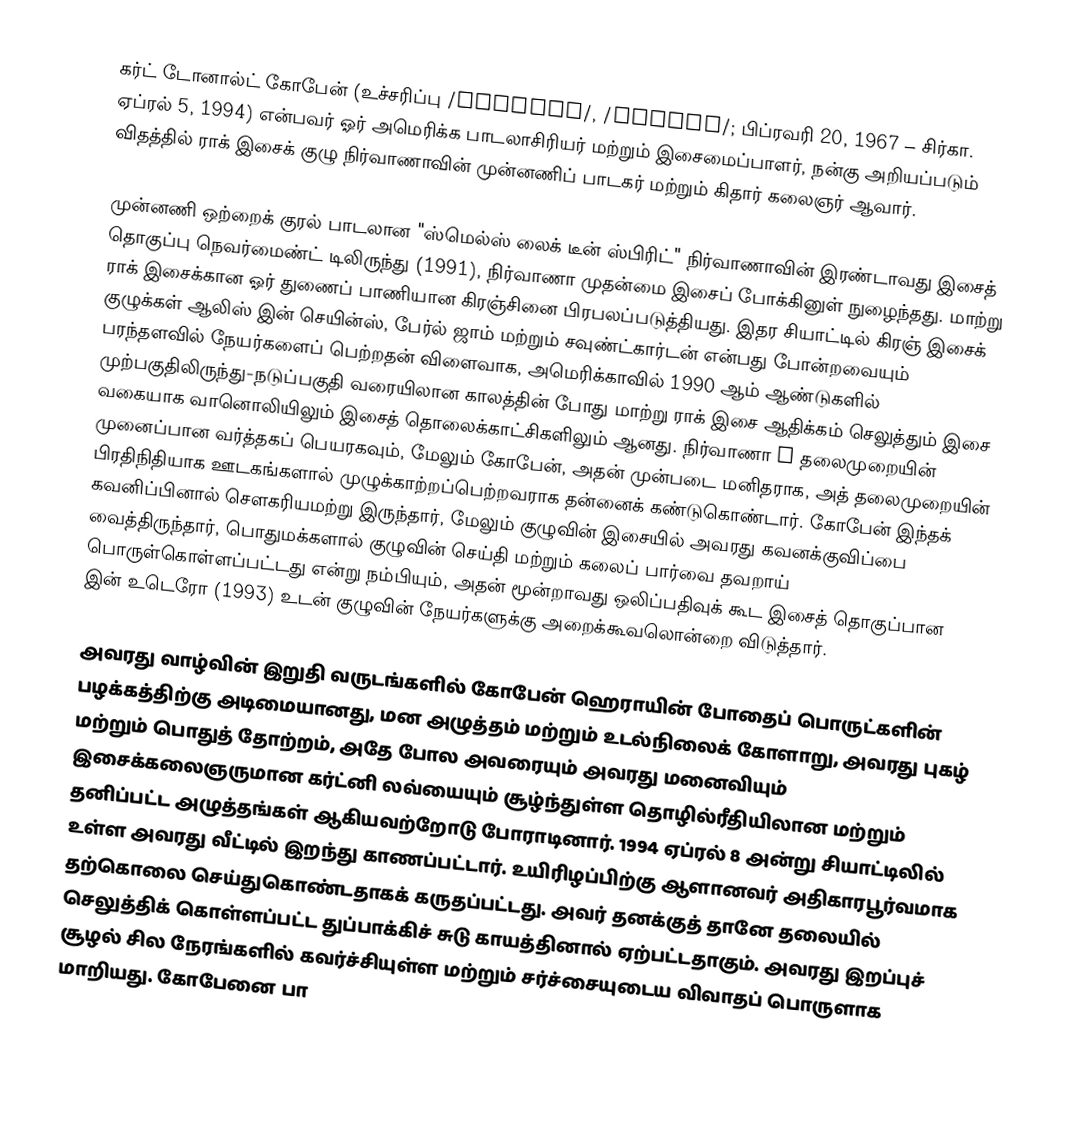
கர்ட் டோனால்ட் கோபேன் (உச்சரிப்பு /koʊbeɪn/, /kʌbeɪn/; பிப்ரவரி 20, 1967 – சிர்கா. ஏப்ரல் 5, 1994) என்பவர் ஓர் அமெரிக்க பாடலாசிரியர் மற்றும் இசைமைப்பாளர், நன்கு அறியப்படும் விதத்தில் ராக் இசைக் குழு நிர்வாணாவின் முன்னணிப் பாடகர் மற்றும் கிதார் கலைஞர் ஆவார்.

முன்னணி ஒற்றைக் குரல் பாடலான "ஸ்மெல்ஸ் லைக் டீன் ஸ்பிரிட்" நிர்வாணாவின் இரண்டாவது இசைத் தொகுப்பு நெவர்மைண்ட் டிலிருந்து (1991), நிர்வாணா முதன்மை இசைப் போக்கினுள் நுழைந்தது. மாற்று ராக் இசைக்கான ஓர் துணைப் பாணியான கிரஞ்சினை பிரபலப்படுத்தியது. இதர சியாட்டில் கிரஞ் இசைக் குழுக்கள் ஆலிஸ் இன் செயின்ஸ், பேர்ல் ஜாம் மற்றும் சவுண்ட்கார்டன் என்பது போன்றவையும் பரந்தளவில் நேயர்களைப் பெற்றதன் விளைவாக, அமெரிக்காவில் 1990 ஆம் ஆண்டுகளில் முற்பகுதிலிருந்து-நடுப்பகுதி வரையிலான காலத்தின் போது மாற்று ராக் இசை ஆதிக்கம் செலுத்தும் இசை வகையாக வானொலியிலும் இசைத் தொலைக்காட்சிகளிலும் ஆனது. நிர்வாணா x தலைமுறையின் முனைப்பான வர்த்தகப் பெயரகவும், மேலும் கோபேன், அதன் முன்படை மனிதராக, அத் தலைமுறையின் பிரதிநிதியாக ஊடகங்களால் முழுக்காற்றப்பெற்றவராக தன்னைக் கண்டுகொண்டார். கோபேன் இந்தக் கவனிப்பினால் சௌகரியமற்று இருந்தார், மேலும் குழுவின் இசையில் அவரது கவனக்குவிப்பை வைத்திருந்தார், பொதுமக்களால் குழுவின் செய்தி மற்றும் கலைப் பார்வை தவறாய் பொருள்கொள்ளப்பட்டது என்று நம்பியும், அதன் மூன்றாவது ஒலிப்பதிவுக் கூட இசைத் தொகுப்பான இன் உடெரோ (1993) உடன் குழுவின் நேயர்களுக்கு அறைக்கூவலொன்றை விடுத்தார்.

அவரது வாழ்வின் இறுதி வருடங்களில் கோபேன் ஹெராயின் போதைப் பொருட்களின் பழக்கத்திற்கு அடிமையானது, மன அழுத்தம் மற்றும் உடல்நிலைக் கோளாறு, அவரது புகழ் மற்றும் பொதுத் தோற்றம், அதே போல அவரையும் அவரது மனைவியும் இசைக்கலைஞருமான கர்ட்னி லவ்யையும் சூழ்ந்துள்ள தொழில்ரீதியிலான மற்றும் தனிப்பட்ட அழுத்தங்கள் ஆகியவற்றோடு போராடினார். 1994 ஏப்ரல் 8 அன்று சியாட்டிலில் உள்ள அவரது வீட்டில் இறந்து காணப்பட்டார். உயிரிழப்பிற்கு ஆளானவர் அதிகாரபூர்வமாக தற்கொலை செய்துகொண்டதாகக் கருதப்பட்டது. அவர் தனக்குத் தானே தலையில் செலுத்திக் கொள்ளப்பட்ட துப்பாக்கிச் சுடு காயத்தினால் ஏற்பட்டதாகும். அவரது இறப்புச் சூழல் சில நேரங்களில் கவர்ச்சியுள்ள மற்றும் சர்ச்சையுடைய விவாதப் பொருளாக மாறியது. கோபேனை பா